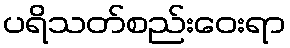
ပရိသတ်စည်းဝေးရာ